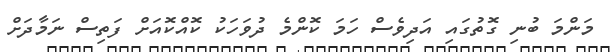
މަންމަ ބުނި ގޮތުގައި އަދިވެސް ހަމަ ކޮންމެ ދުވަހަކު ކޮއްކޮއަށް ފަތިސް ނަމާދަށް